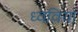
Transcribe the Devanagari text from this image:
ध्ववियां